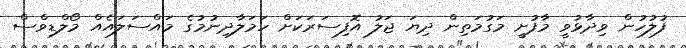
ފުލުހުން ވިދާޅުވީ މާފުށީ މަގުމަތިން ދިޔަ ޖަލު އޮފިސަރަކަށް ހަމަލާދިނުމުގެ މައްސަލައެއް މޯލްޑިވްސް